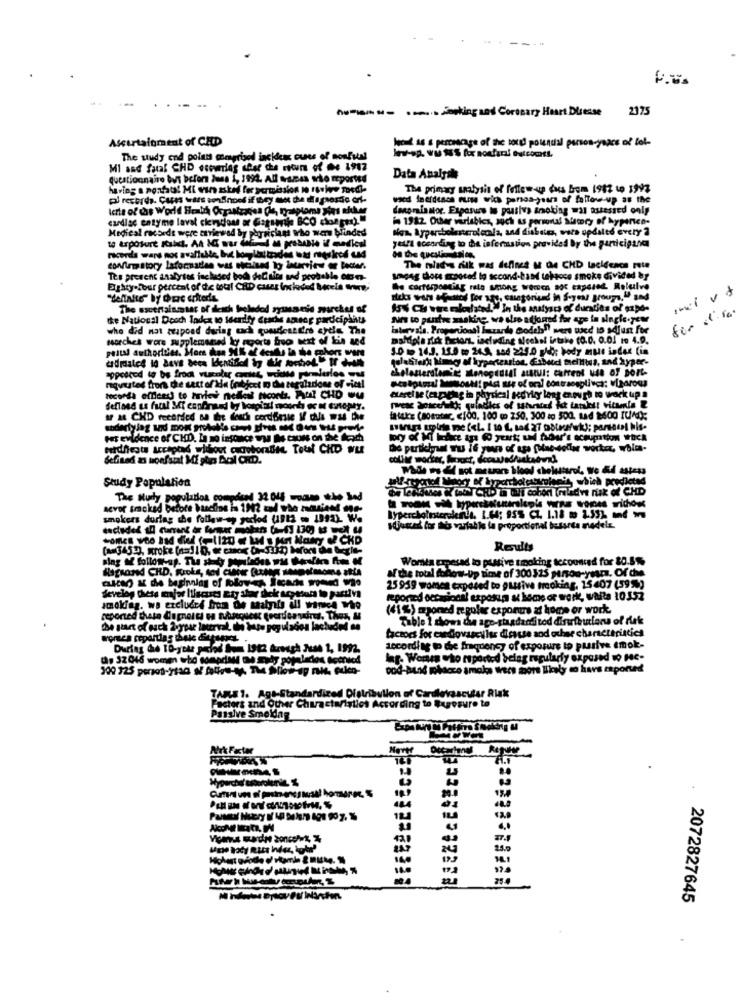
..... Smocking and Coronary Heart Disease
2375
Ascurtaloment of CHD
had as & percourage of the boxed potencial person-years of lot
The study end points comprised incideux cues of nonfun!
MI and faraf CHD esoverlag sher che ron of @e 1917
questionnaire but before Iusa i, 1992. All sames wto reported
Data Analyile
The primary analysis of follow-up dus bom 1982 to 1993
pl records. Cares wars sonSiroof if they must che diagnostic off-
wood fnerdusch mumw wich pensoa-years of follow-up as the
denomin ator. Exposure is partlys anoking wal assessed only
cardiac entyme laval cierscons ar Gsgsmti BCO chopped)."
in 1982 Other varlabics, such as persoruf Memory of bypince-
Medical records were cmviewed by physician who were blinded
Now Aypercholesterolemla, and diabetes, vers opdalto every 2
yelfi according to the information provided By the participand
The niit's sik was defines & de CHD laciecacs mie
Tes present analyses incluses bodh delltics and probable otres-
sageg dore exposed lo second-hand tehtcce smoke divided by
Eighty-four percent of de total CRD cases inckéed Mecela Ihre,
be corresponding rats wrong weren aoc capared. Rolulve
1ml vt
dicks wars aestos for any, categoriund in Sayess groups," and
The sscertainmtar of death
Is Ch wire maleulated." In the analysis of duraties of sand-
for d' la
the National Dooch lodex to Identify Crache amor participants
Nr to punfre ssaking, wo stro adjoned for ape in single.year
...
who did not grupoad during cach quandfest dire chele The
morches were supplemamed ky ngorts bro next of kin and
maldipla rick Betont, including Meckel intake (0.0.
3.0 1 14.3. 15.0 to 24.3, 184 215.0 0: 0
of port-
tocorda office to movies nelleal ficonta. Ptil CHO wu
AF 18 CHD recorded on the death cordBesie I Na was De
talks (sosutar, < 100, 100 ( 250, 300 so 500. tad 1600 IUnd);
Per evidence of CHD. La mo insonce wy I cuss on the Aroch
POR WOCk
defined as boefstat Mi php Dcl CHD.
Study Population
LeWithes & lat CRD la uti cohort (ruledve ruk of CHD
The Mudy population compdend 32 048 moms the bed
smokers durlag che follow-up peckod (1912 - 1992). We
adjusted for mé variable la proportional bussrta medelz.
Results
Wonla mmesad lo pasti've taking tecounted for 80.5%%
af the total follow-Up time of 300325 person-yarı. Of che
25959 women exposed to Live tracking. 15407 (59%)
develop thets major liscises ary star dek ucpatut to partiva
reported occasional exposure at home or work, warta 10.152
smoking. we excluded from de thatis ili wines who
(41%) myoned regular exporurs at home or work.
Table 1 shows die age-giaadanditod diswiewione of rek
lacerval. ile Vate population lachude
factors for cardiovascular dicause sod ocher characteristics
woren repartias theke diagonal
according to the frequency of exposure to passive emok-
lar- Works who reported being regularly exposed to Hc-
cod-Aund hacce smaks Wers more likely to havs eported
TARS 1. Agt-Standardized Distribution of Cardiovascular Risk
Factors and Other Characteristics According to Bagosure to
Passive Smoldan
Nrk Factor
100
2072827645